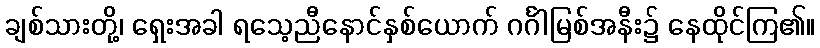
ချစ်သားတို့၊ ရှေးအခါ ရသေ့ညီနောင်နှစ်ယောက် ဂင်္ဂါမြစ်အနီး၌ နေထိုင်ကြ၏။